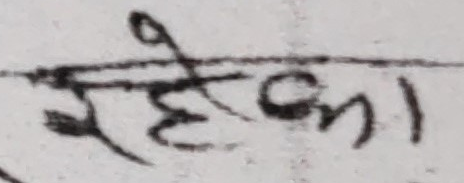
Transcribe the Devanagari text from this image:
रहेका